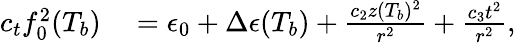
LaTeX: \begin{array}{rl}{c_{t}f_{0}^{2}(T_{b})}&{{}=\epsilon_{0}+\Delta\epsilon(T_{b})+\frac{c_{2}z(T_{b})^{2}}{r^{2}}+\frac{c_{3}t^{2}}{r^{2}},}\end{array}